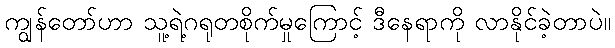
ကျွန်တော်ဟာ သူ့ရဲ့ဂရုတစိုက်မှုကြောင့် ဒီနေရာကို လာနိုင်ခဲ့တာပဲ။